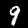
Label: 9